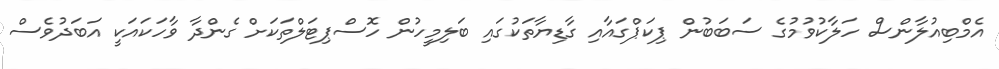
އެމްބިއުލާންސް ހަލާކުވުމުގެ ސަބަބުން ޕިކަޕްގައާއި ގާޑިޔާތަކުގައި ބަލިމީހުން ހޮސްޕިޓަލްތަކަށް ގެންދާ ވާހަކައަކީ އަބަދުވެސް